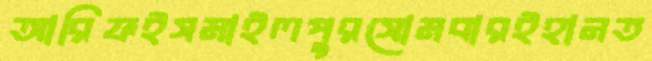
আরিফইসমাইলপুরসোমবারইহানত